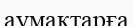
аумақтарға